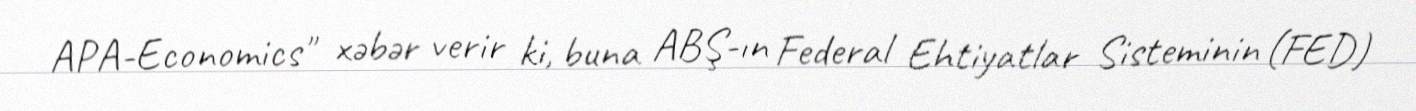
APA-Economics" xəbər verir ki, buna ABŞ-ın Federal Ehtiyatlar Sisteminin (FED)